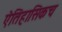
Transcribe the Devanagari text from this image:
ऐतिहासिकच